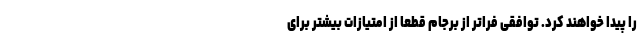
را پیدا خواهند کرد. توافقی فراتر از برجام قطعا از امتیازات بیشتر برای